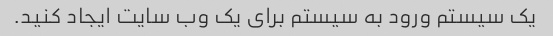
یک سیستم ورود به سیستم برای یک وب سایت ایجاد کنید.